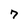
Character: 7